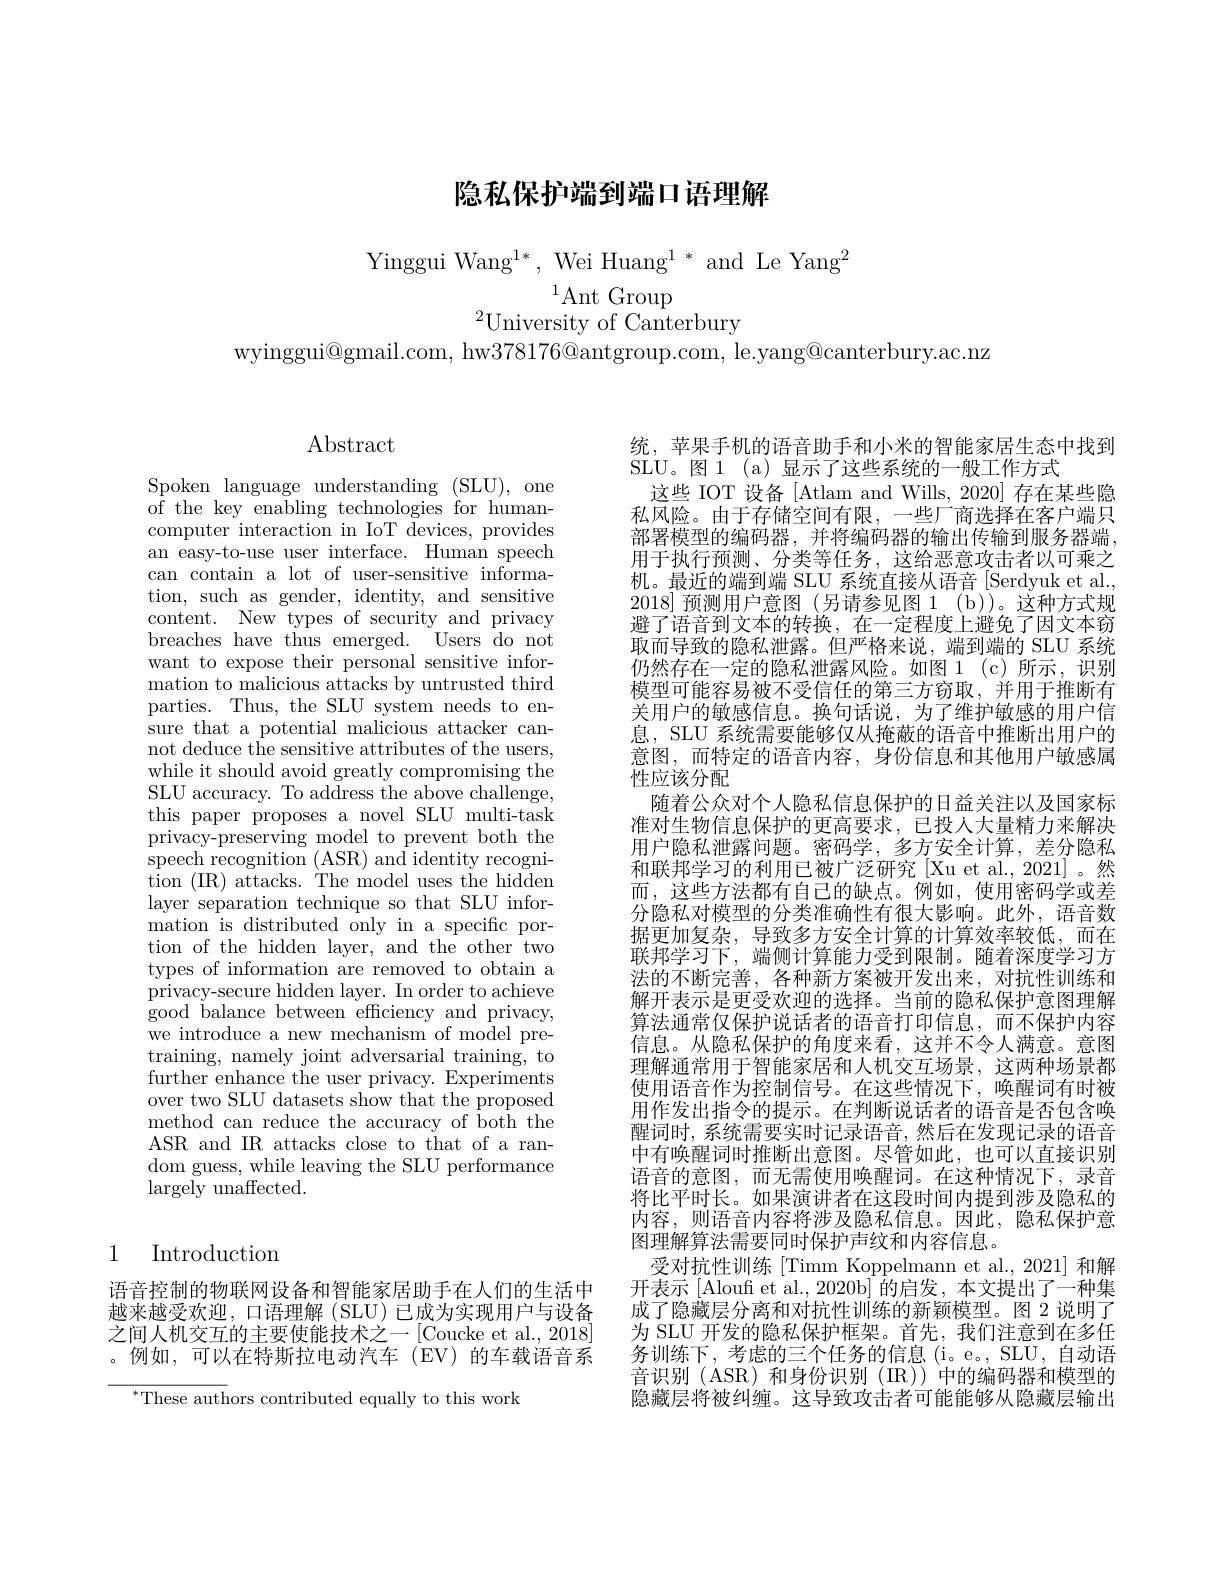
# 隐私保护端到端口语理解

Yinggui Wang$^{1*}$, Wei Huang$^1*$ and Le Yang$^2$
$^{1}$Ant Group
$^{2}$University of Canterbury

wyinggui@gmail.com, hw378176@antgroup.com, le.yang@canterbury.ac.nz

$\operatorname{Abstract}$

Spoken language understanding (SLU), one of the key enabling technologies for humancomputer interaction in IoT devices, provides an easy-to-use user interface. Human speech can contain a lot of user-sensitive information, such as gender, identity, and sensitive content. New types of security and privacy breaches have thus emerged. Users do not want to expose their personal sensitive information to malicious attacks by untrusted third parties. Thus, the SLU system needs to ensure that a potential malicious attacker cannot deduce the sensitive attributes of the users, while it should avoid greatly compromising the SLU accuracy. To address the above challenge, this paper proposes a novel SLU multi-task privacy-preserving model to prevent both the $\mathop{\mathrm{speech~recognition~(ASR)~and~identity~recogni-}}$ tion (IR) attacks. The model uses the hidden layer separation technique so that SLU information is distributed only in a specific portion of the hidden layer, and the other two types of information are removed to obtain a privacy-secure hidden layer. In order to achieve good ${\tilde{\text{balance between efficiency and privacy, }} }$ we introduce a new mechanism of model pretraining, namely joint adversarial training, to further enhance the user privacy. Experiments over two SLU datasets show that the proposed method can reduce the accuracy of both the ASR and IR attacks close to that of a random guess, while leaving the SLU performance $\operatorname{largely}$ unaffected.

## 1 Introduction

语音控制的物联网设备和智能家居助手在人们的生活中越来越受欢迎，口语理解(SLU)已成为实现用户与设备之间人机交互的主要使能技术之一[Coucke et al., 2018] 。例如，可以在特斯拉电动汽车(EV)的车载语音系

$\overline{{^*\text{These auth}}}$ors contributed equally to this work

统，苹果手机的语音助手和小米的智能家居生态中找到
SLU。图 1 (a) 显示了这些系统的一般工作方式
这些 IOT 设备 [Atlam and Wills, 2020] 存在某些隐私风险。由于存储空间有限，一些厂商选择在客户端只部署模型的编码器，并将编码器的输出传输到服务器端， 用于执行预测、分类等任务，这给恶意攻击者以可乘之机。最近的端到端 SLU 系统直接从语音 [Serdyuk et al. 2018]预测用户意图 (另请参见图 1 (b))。这种方式规避了语音到文本的转换，在一定程度上避免了因文本窃取而导致的隐私泄露。但严格来说，端到端的 SLU 系统仍然存在一定的隐私泄露风险。如图 1 (c)所示，识别模型可能容易被不受信任的第三方窃取，并用于推断有关用户的敏感信息。换句话说，为了维护敏感的用户信息，SLU 系统需要能够仅从掩蔽的语音中推断出用户的意图，而特定的语音内容，身份信息和其他用户敏感属性应该分配
随着公众对个人隐私信息保护的日益关注以及国家标准对生物信息保护的更高要求，已投入大量精力来解决用户隐私泄露问题。密码学，多方安全计算，差分隐私和联邦学习的利用已被广泛研究[Xu et al., 2021]。然而，这些方法都有自己的缺点。例如，使用密码学或差分隐私对模型的分类准确性有很大影响。此外，语音数据更加复杂，导致多方安全计算的计算效率较低，而在联邦学习下，端侧计算能力受到限制。随着深度学习方法的不断完善，各种新方案被开发出来，对抗性训练和解开表示是更受欢迎的选择。当前的隐私保护意图理解算法通常仅保护说话者的语音打印信息，而不保护内容信息。从隐私保护的角度来看，这并不令人满意。意图理解通常用于智能家居和人机交互场景，这两种场景都使用语音作为控制信号。在这些情况下，唤醒词有时被用作发出指令的提示。在判断说话者的语音是否包含唤醒词时，系统需要实时记录语音，然后在发现记录的语音中有唤醒词时推断出意图。尽管如此，也可以直接识别语音的意图，而无需使用唤醒词。在这种情况下，录音将比平时长。如果演讲者在这段时间内提到涉及隐私的内容，则语音内容将涉及隐私信息。因此，隐私保护意图理解算法需要同时保护声纹和内容信息。
受对抗性训练[Timm Koppelmann et al., 2021] 和解开表示 [Aloufi et al., 2020b] 的启发，本文提出了一种集成了隐藏层分离和对抗性训练的新颖模型。图 2 说明了为 SLU 开发的隐私保护框架。首先，我们注意到在多任务训练下，考虑的三个任务的信息(i。e。, SLU, 自动语音识别(ASR)和身份识别(IR))中的编码器和模型的隐藏层将被纠缠。这导致攻击者可能能够从隐藏层输出